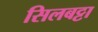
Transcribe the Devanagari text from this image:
सिलबट्टा